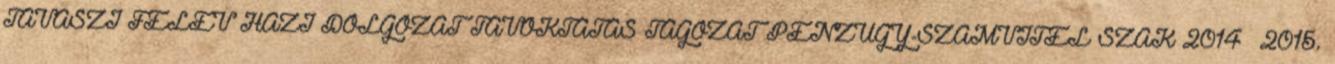
TAVASZI FÉLÉV HÁZI DOLGOZAT TÁVOKTATÁS TAGOZAT PÉNZÜGY-SZÁMVITEL SZAK 2014 2015.